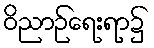
ဝိညာဉ်ရေးရာ၌